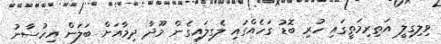
ވިލިގިލީ އަތިރިމަތީގައި ހުރި ބޮޑު ގަހެެއްގައި ލެގިލައިގެން މޫދާ ދިމާއަށް ބަލަން އިހުސާނު